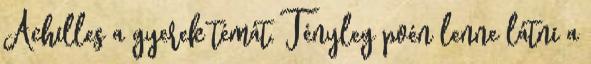
Achilles a gyerek témát. Tényleg poén lenne látni a